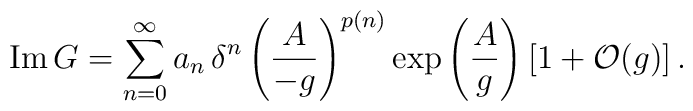
{\rm Im} \, G =\sum_{n=0}^{\infty} a_n \, {\delta}^n \left(\frac{A}{-g}\right)^{p(n)}\exp \left(\frac{A}{g}\right) [1+{\cal O}(g)]\, .